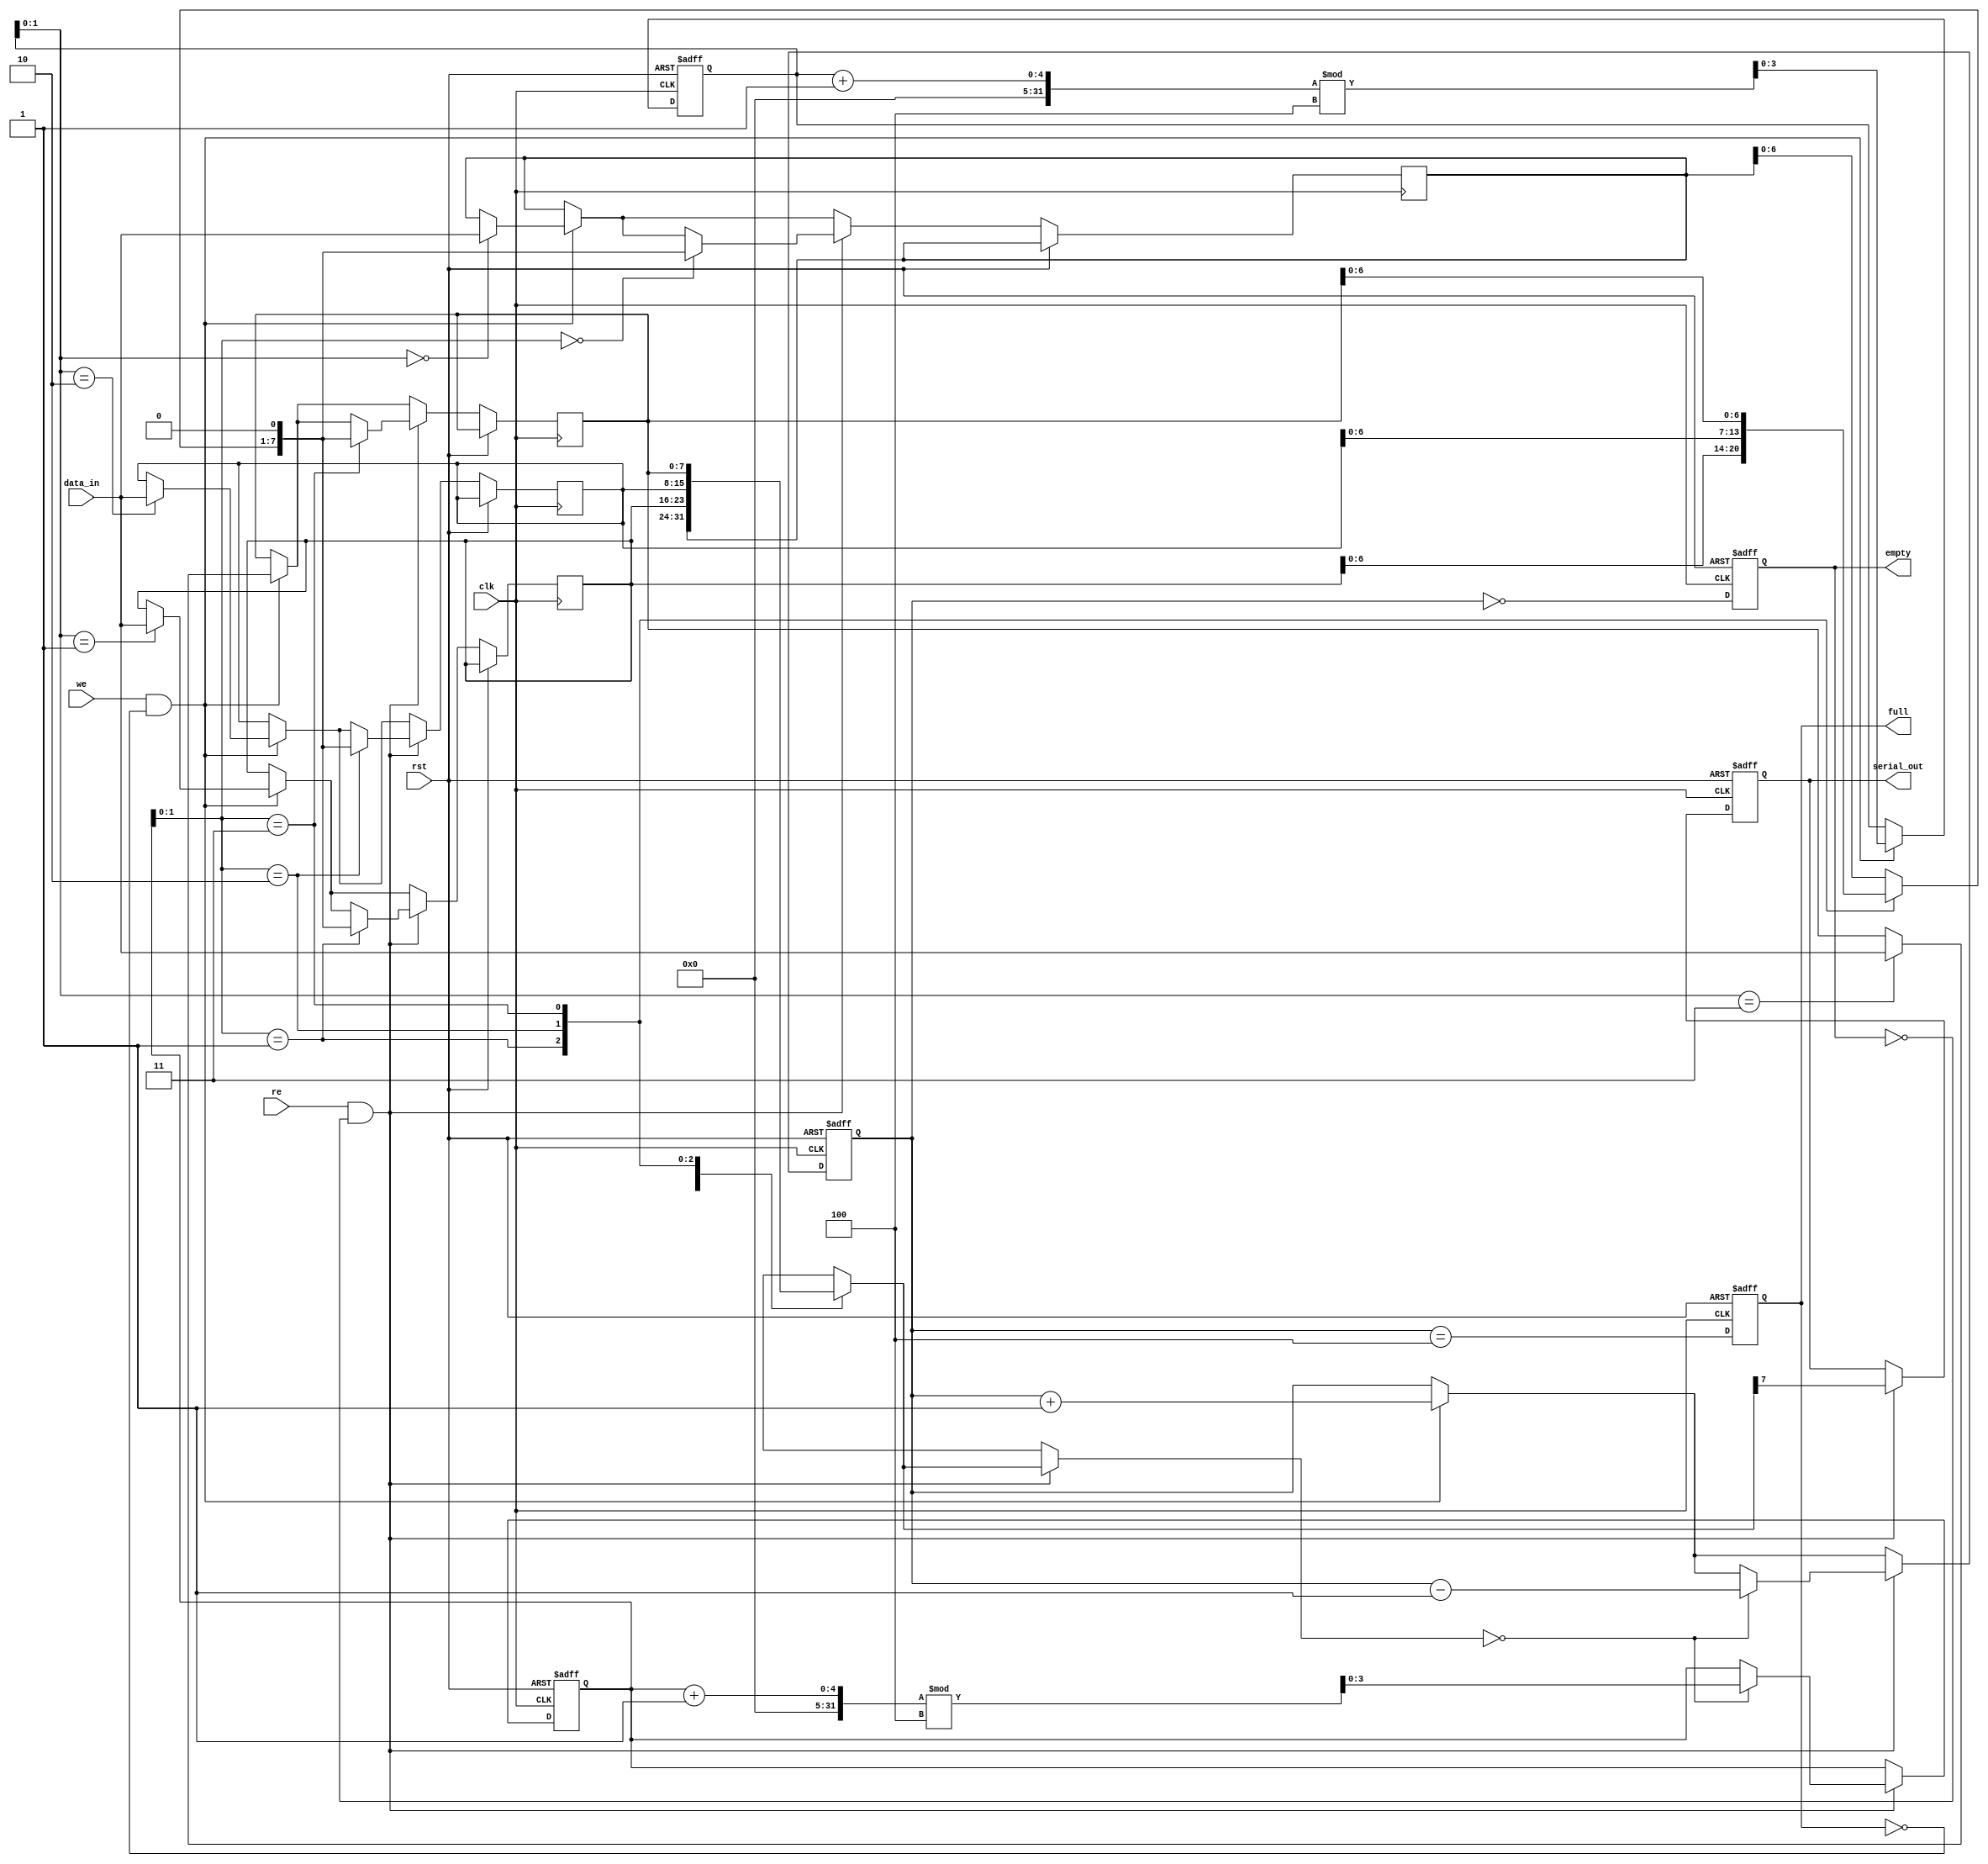
module fifo_piso #(
    parameter DATA_WIDTH = 8,  // Width of the parallel data input
    parameter FIFO_DEPTH = 4    // Number of entries in the FIFO
)(
    input wire clk,              // Clock signal
    input wire rst,              // Reset signal
    input wire we,               // Write Enable
    input wire re,               // Read Enable
    input wire [DATA_WIDTH-1:0] data_in, // Parallel data input
    output reg serial_out,       // Serial output
    output reg full,             // Full flag
    output reg empty             // Empty flag
);

    // Internal storage for the FIFO
    reg [DATA_WIDTH-1:0] fifo_mem [0:FIFO_DEPTH-1];
    reg [FIFO_DEPTH-1:0] write_ptr; // Write pointer
    reg [FIFO_DEPTH-1:0] read_ptr;  // Read pointer
    reg [FIFO_DEPTH-1:0] count;      // Count of elements in FIFO

    // Initialize the FIFO on reset
    always @(posedge clk or posedge rst) begin
        if (rst) begin
            write_ptr <= 0;
            read_ptr <= 0;
            count <= 0;
            full <= 0;
            empty <= 1;
            serial_out <= 0;
        end else begin
            // Write operation
            if (we && !full) begin
                fifo_mem[write_ptr] <= data_in;
                write_ptr <= (write_ptr + 1) % FIFO_DEPTH;
                count <= count + 1;
            end
            
            // Read operation
            if (re && !empty) begin
                serial_out <= fifo_mem[read_ptr][DATA_WIDTH-1]; // Output the MSB
                fifo_mem[read_ptr] <= {fifo_mem[read_ptr][DATA_WIDTH-2:0], 1'b0}; // Shift left
                if (fifo_mem[read_ptr] == 0) begin
                    read_ptr <= (read_ptr + 1) % FIFO_DEPTH;
                    count <= count - 1;
                end
            end

            // Update full and empty flags
            full <= (count == FIFO_DEPTH);
            empty <= (count == 0);
        end
    end

endmodule